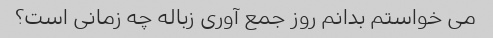
می خواستم بدانم روز جمع آوری زباله چه زمانی است؟